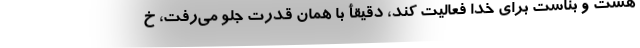
هست و بناست برای خدا فعالیت کند، دقیقأ با همان قدرت جلو می‌رفت، خ